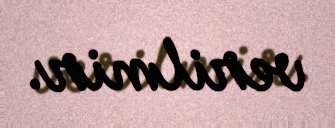
verilmir.